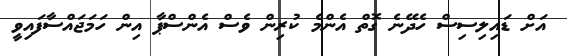
އަށް ޑައިލިސިސް ހެދޭނެ ގޮތް އެންމެ ކުރިން ވެސް އެންސްޕާ އިން ހަމަޖައްސާފައިވީ